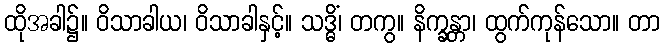
ထိုအခါ၌။ ဝိသာခါယ၊ ဝိသာခါနှင့်။ သဒ္ဓိံ၊ တကွ။ နိက္ခန္တာ၊ ထွက်ကုန်သော။ တာ